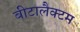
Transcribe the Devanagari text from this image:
बीटालैक्टम